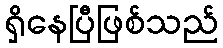
ရှိနေပြီဖြစ်သည်